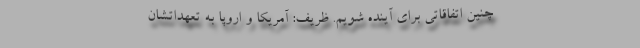
چنین اتفاقاتی برای آینده شویم. ظریف: آمریکا و اروپا به تعهداتشان